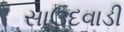
સાઉદવાડી